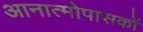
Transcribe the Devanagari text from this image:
आनात्मोपासकों